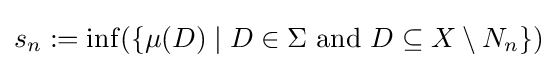
s_{n}:=\inf(\{\mu (D)\mid D\in \Sigma ~{\text{and}}~D\subseteq X\setminus N_{n}\})